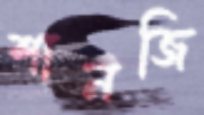
শানজি